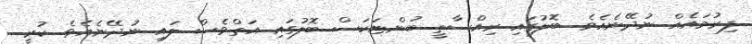
ފިރުމައެއް ނުދޭނެއެވެ. ބޮލުގައި ރިއްސާތީ ބުންޏަކަސް ބޮލުގައި އަތްވެސް ލައި ނުދޭނެއެވެ. ކުރީ